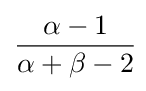
{\frac {\alpha -1}{\alpha +\beta -2}}\!